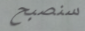
سنصبح